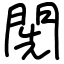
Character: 𨴐